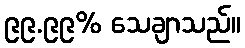
၉၉.၉၉% သေချာသည်။